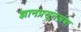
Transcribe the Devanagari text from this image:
ज्ञानप्रसूनअंबा